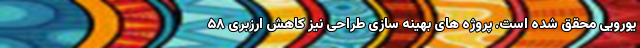
یورویی محقق شده است. پروژه های بهینه سازی طراحی نیز کاهش ارزبری ۵۸